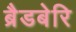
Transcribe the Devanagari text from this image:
ब्रैडबेरि